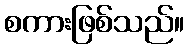
စကားဖြစ်သည်။